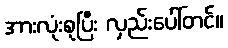
အားလုံးစုပြီး လှည်းပေါ်တင်။